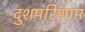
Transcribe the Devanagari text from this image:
दुशपरिणाम